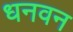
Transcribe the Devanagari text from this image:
धनवन